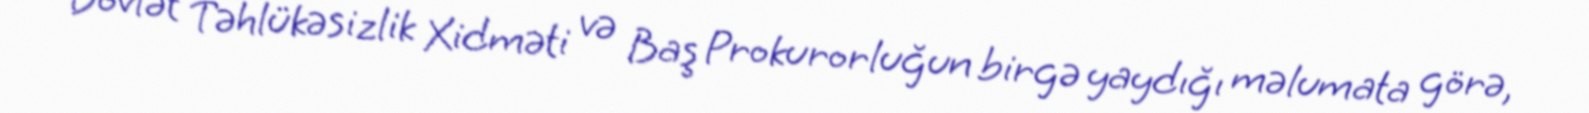
Dövlət Təhlükəsizlik Xidməti və Baş Prokurorluğun birgə yaydığı məlumata görə,